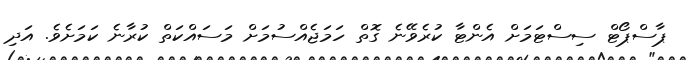
ޕާސްޕޯޓް ސިސްޓަމަށް އެންޓާ ކުރެވޭނެ ގޮތް ހަމަޖެއްސުމަށް މަސައްކަތް ކުރާނެ ކަމަށެވެ. އަދި